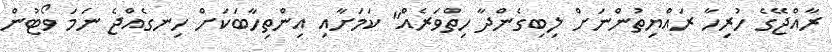
ރާއްޖޭގެ ހުރިހާ ރައްޔިތުންނަށް ލިބިގެންދާ ހިތްވަރެއް" ކަމަށާއި އިންތިހާބަކަށް ހިނގެއްޖެ ނަމަ ވޯޓުން